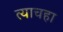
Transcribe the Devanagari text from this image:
त्याचहा